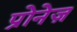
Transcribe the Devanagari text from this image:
प्रोनेज़